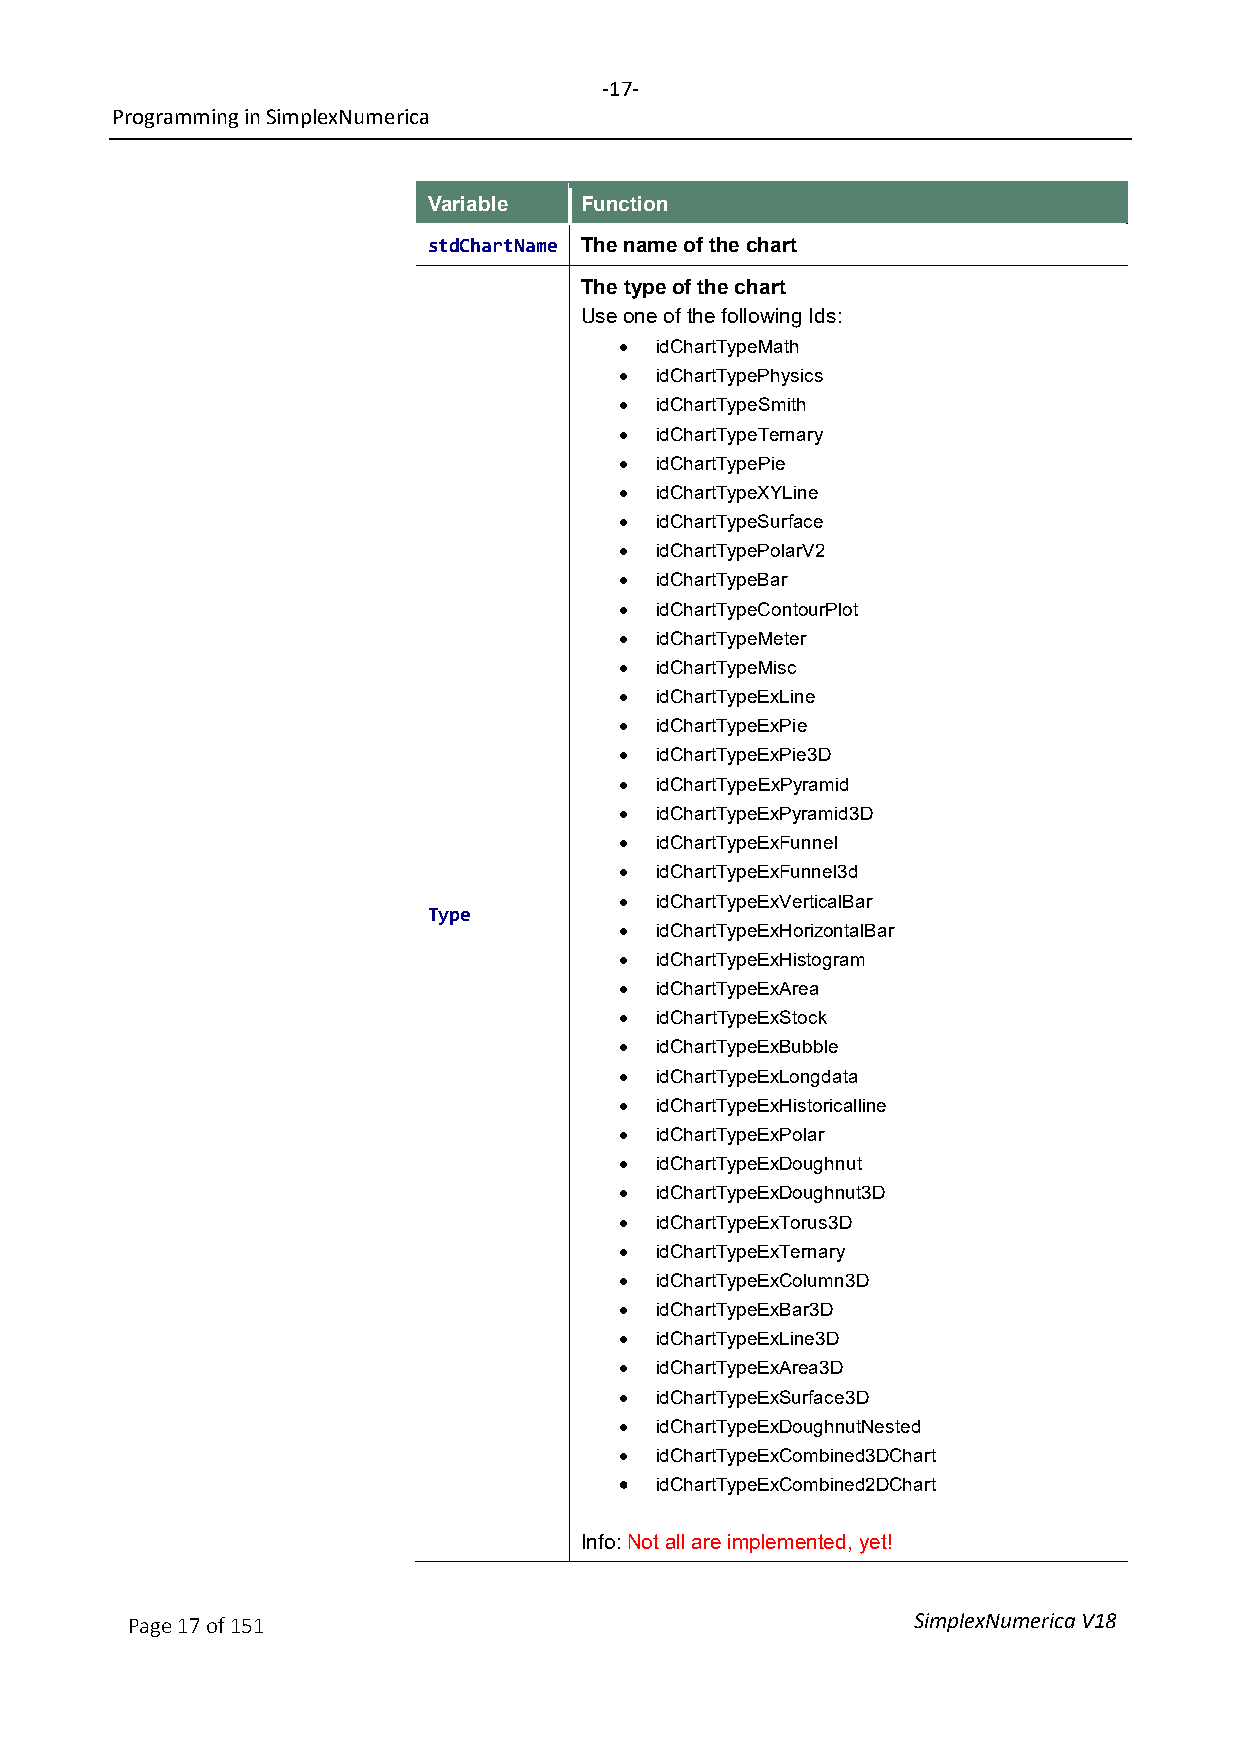
-17-
 Programming in SimplexNumerica
 Variable  Function
 stdChartName The name of the chart
 The type of the chart
 Use one of the following Ids:
 • idChartTypeMath
 • idChartTypePhysics
 • idChartTypeSmith
 • idChartTypeTernary
 • idChartTypePie
 • idChartTypeXYLine
 • idChartTypeSurface
 • idChartTypePolarV2
 • idChartTypeBar
 • idChartTypeContourPlot
 • idChartTypeMeter
 • idChartTypeMisc
 • idChartTypeExLine
 • idChartTypeExPie
 • idChartTypeExPie3D
 • idChartTypeExPyramid
 • idChartTypeExPyramid3D
 • idChartTypeExFunnel
 • idChartTypeExFunnel3d
 • idChartTypeExVerticalBar
 Type
 • idChartTypeExHorizontalBar
 • idChartTypeExHistogram
 • idChartTypeExArea
 • idChartTypeExStock
 • idChartTypeExBubble
 • idChartTypeExLongdata
 • idChartTypeExHistoricalline
 • idChartTypeExPolar
 • idChartTypeExDoughnut
 • idChartTypeExDoughnut3D
 • idChartTypeExTorus3D
 • idChartTypeExTernary
 • idChartTypeExColumn3D
 • idChartTypeExBar3D
 • idChartTypeExLine3D
 • idChartTypeExArea3D
 • idChartTypeExSurface3D
 • idChartTypeExDoughnutNested
 • idChartTypeExCombined3DChart
 • idChartTypeExCombined2DChart
 Info: Not all are implemented, yet!
 Page 17 of 151                                      SimplexNumerica V18